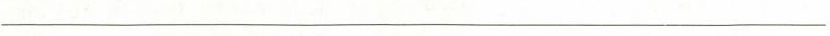
___